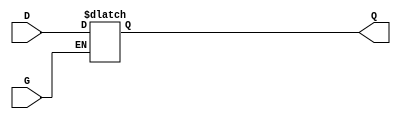
module fj_latch_e(Q, G, D);
output Q; 
input  G, D;
       reg Q;
always @ (G or D) begin
       if (G==1)     Q <= #1 D;
end
endmodule